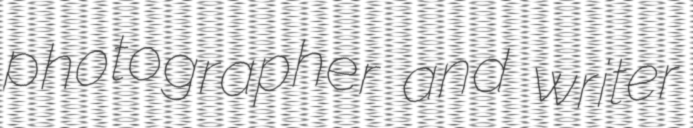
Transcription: photographer and writer